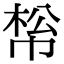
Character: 𢃪